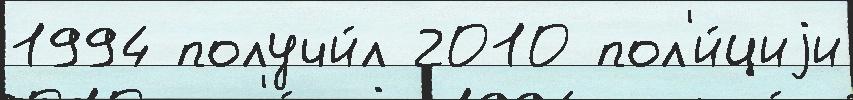
1994 получи́л 2010 пол'и́циjи